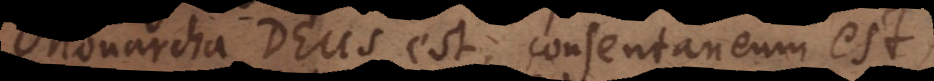
Monarcha Deus est, consentaneum est,